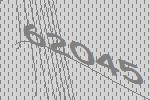
62045